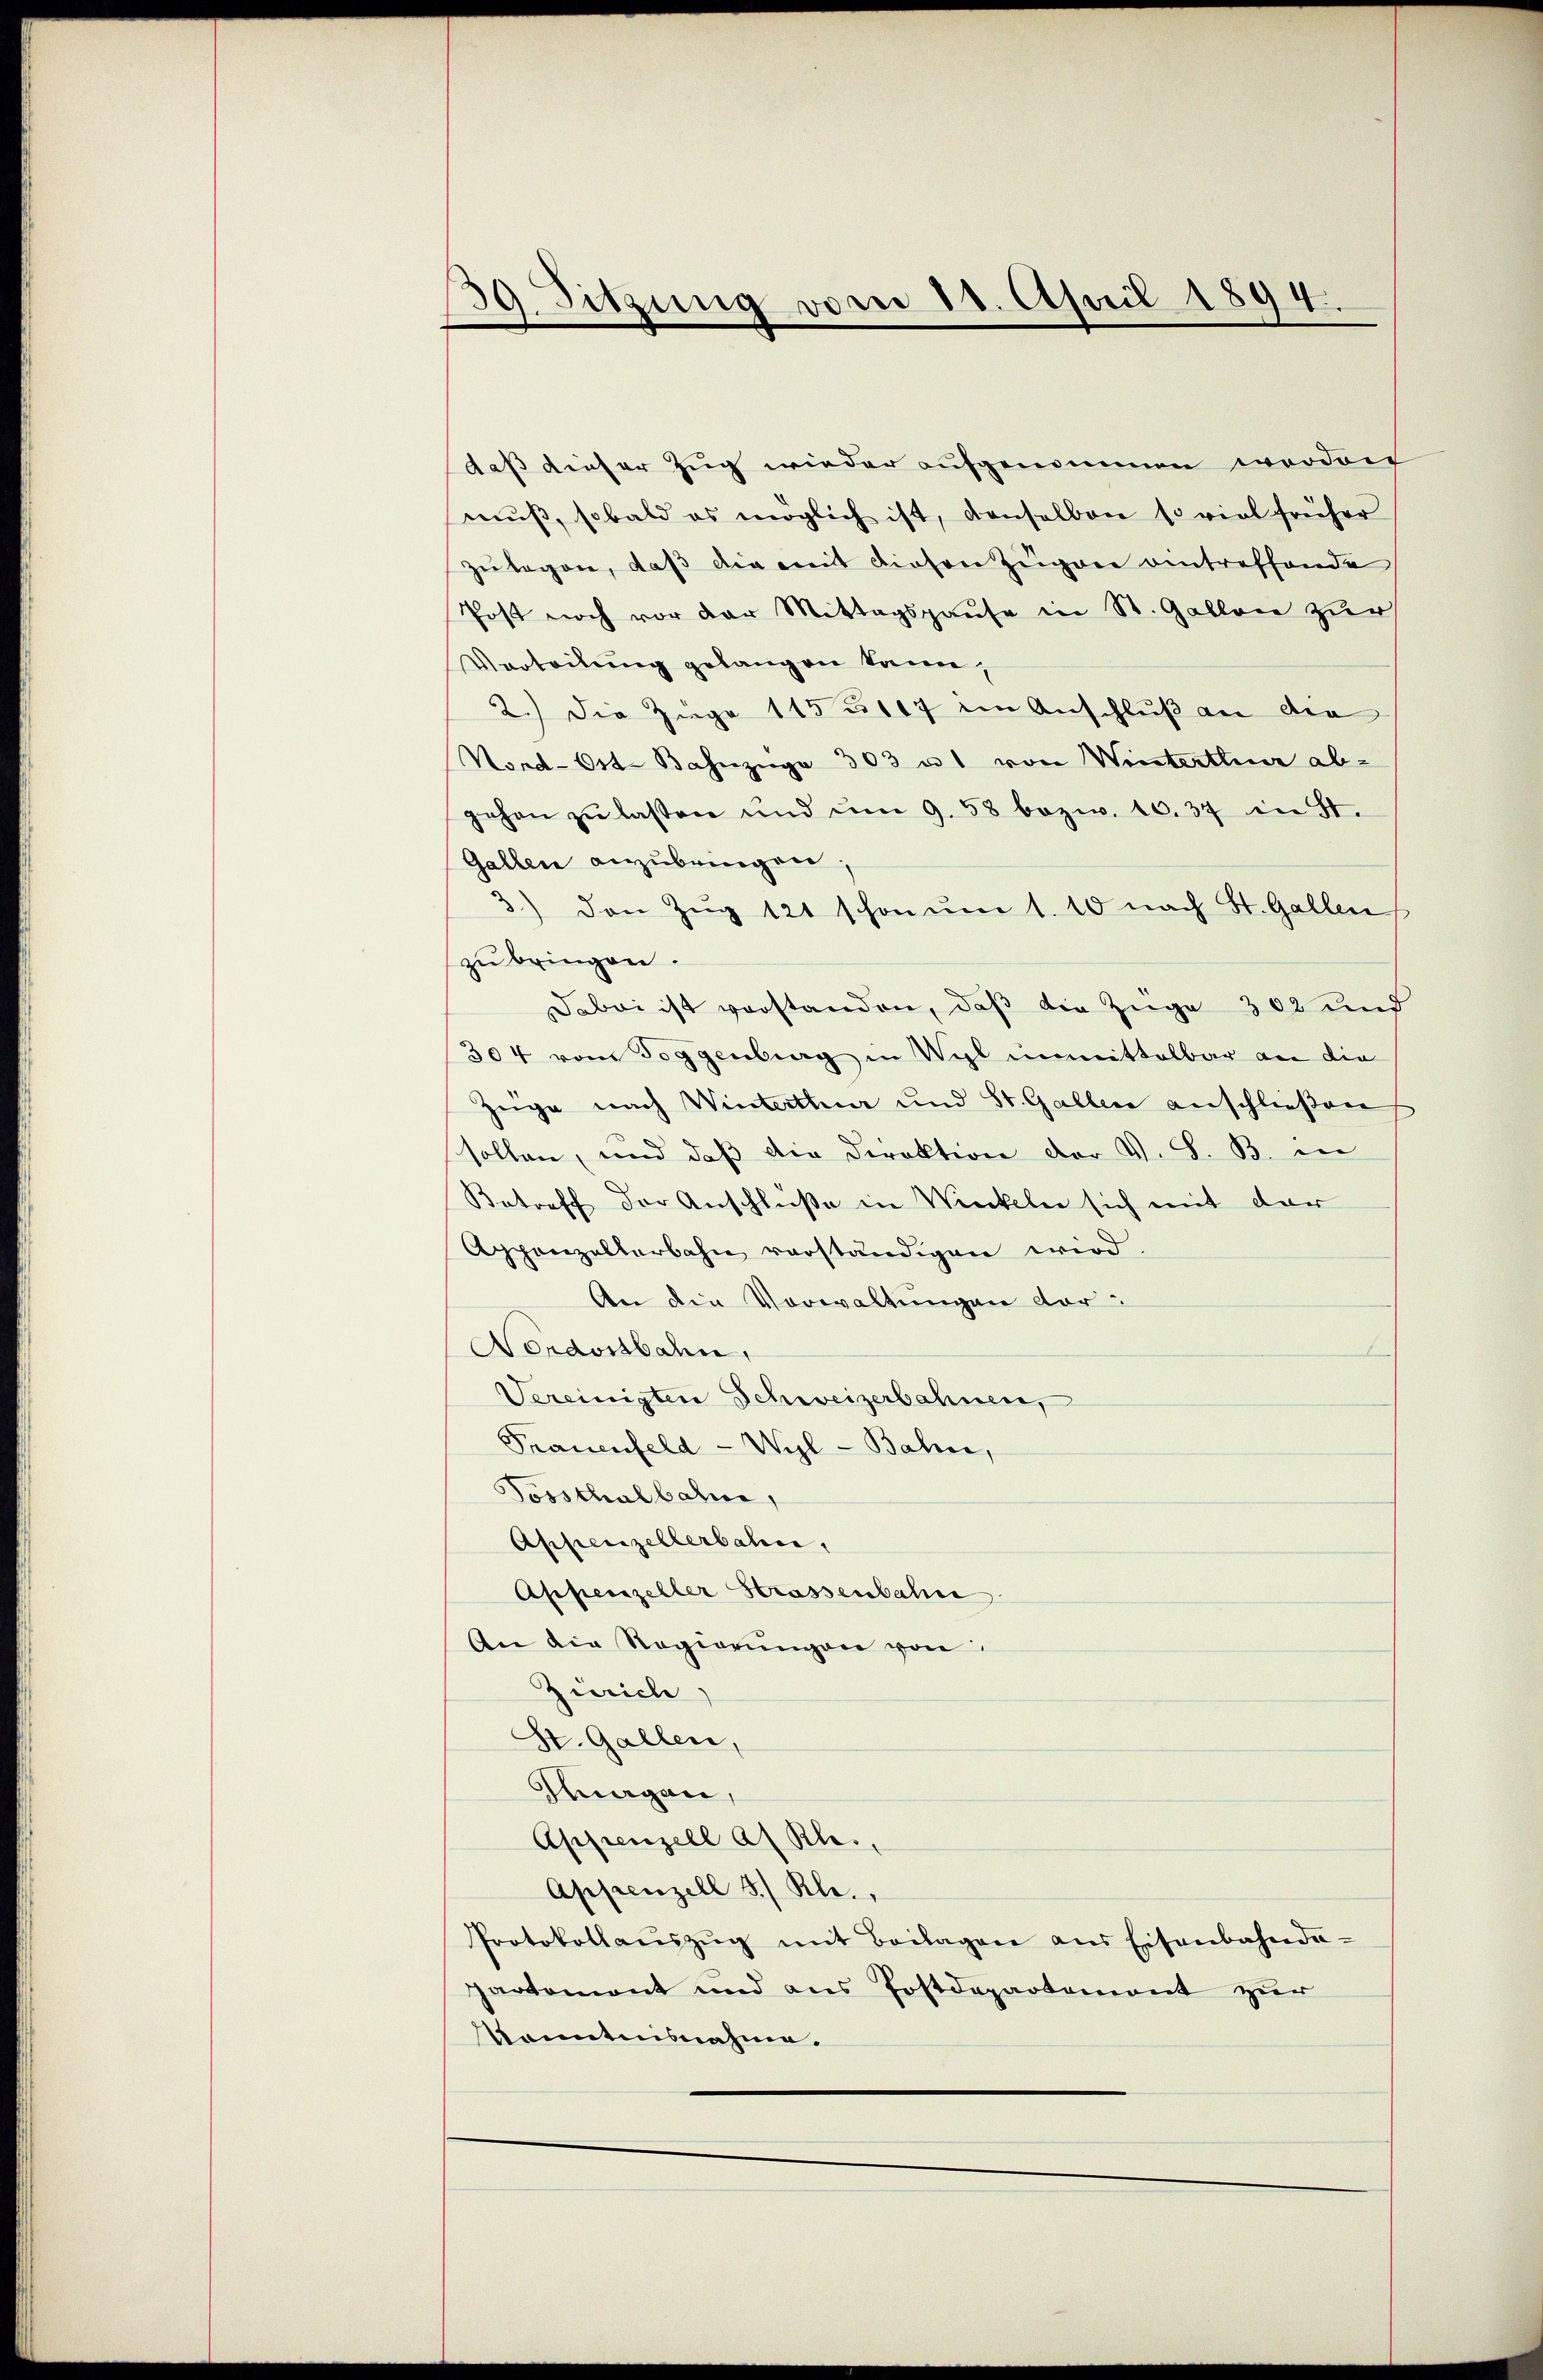
39. Sitzung vom 11. April 1894.

daß dieser Zug wieder aufgenommen worden
muß, sobald es möglich ist, denselben so viel früher
zŭlegen, daβ die mit diesen Zugane eintreffende
Post noch vor der Mittagspause in St. Gallen zur
Verteilung gelangen kann,
2.) Die Zuge 115 u. 117 im Anschluß an die
Nord-Ost. Bahnzüge 303 u. von Winterthur ab-
gehen zŭ lassen und um 9. 58 bezw. 10.37 in St.
Gallen anzubringen.
3) den Zug 121 schon um 1. 10 nach St. Gallen
zu bringen.
Dabei ist vorstanden, daß die Züge 302 und
304 vom Toggenburg in Wyl unmittelbar an die
Zeige nach Winterthur und St. Gallen anschließen
sollen, und daß die Direktion der V. S. B. in
Betreff der Anschlüße in Winkeln sich mit der
Appenzelterbahn verständigen wird.
An die Vorwaltungen vor¬
Nordostbahn,
Vereinigten Schweizerbahnen,
Frauenfeld -Wyl-Bahne,
Tossthalbahne,
Appenzellerbahn,
Appenzeller Strassenbahne
An die Regierŭngen von
Zürich)
St. Gallen,
magen,
Appenzell a. Rh.,
Appenzell S.) Rl.,
Protokollaŭszŭg mit Beilagen aus Eisenbahnda-
partement und aus Postdepartement zur
konntesnahme.